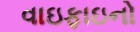
વાઇફાઇનો